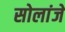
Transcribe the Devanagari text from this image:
सोलांजे